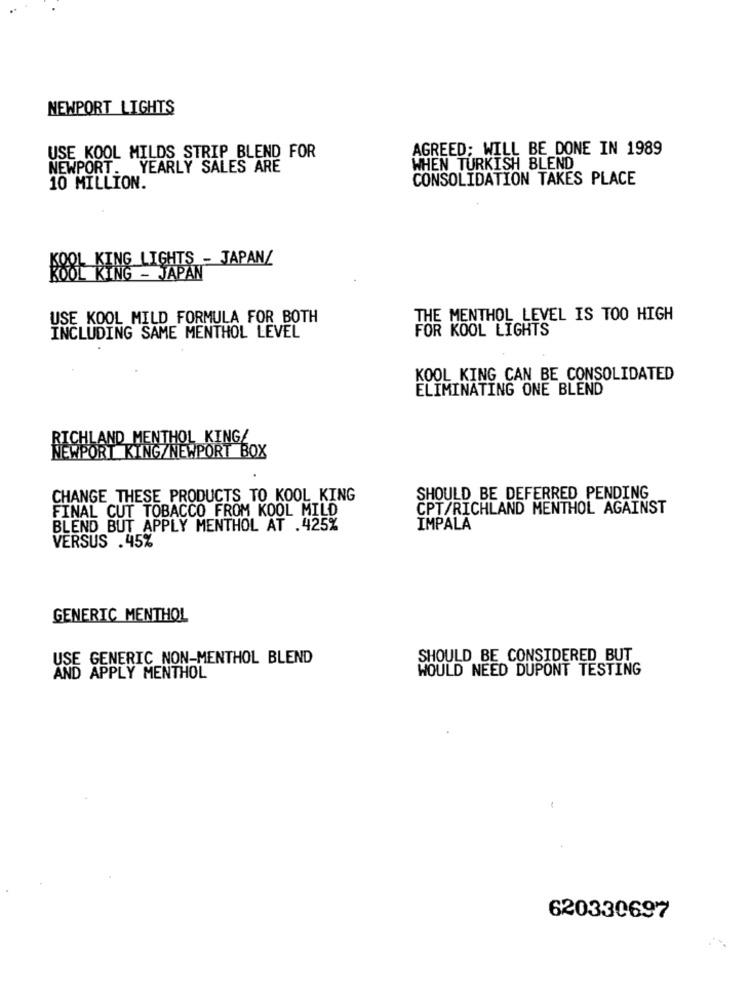
NEWPORT LIGHTS
AGREED; WILL BE DONE IN 1989
USE KOOL MILDS STRIP BLEND FOR
NEWPORT. YEARLY SALES ARE
WHEN TURKISH BLEND
CONSOLIDATION TAKES PLACE
10 MILLION.
KING LIGHTS - JAPAN/
888L RING - JAPAN
USE KOOL MILD FORMULA FOR BOTH
THE MENTHOL LEVEL IS TOO HIGH
FOR KOOL LIGHTS
INCLUDING SAME MENTHOL LEVEL
KOOL KING CAN BE CONSOLIDATED
ELIMINATING ONE BLEND
RICHLAND MENTHOL KING/
NEWPORT KING/NEWPORT BOX
CHANGE THESE PRODUCTS TO KOOL KING
SHOULD BE DEFERRED PENDING
FINAL CUT TOBACCO FROM KOOL MILD
CPT/RICHLAND MENTHOL AGAINST
BLEND BUT APPLY MENTHOL AT .425%
IMPALA
VERSUS .45%
GENERIC MENTHOL
GENERIC NON-MENTHOL BLEND
SHOULD BE CONSIDERED BUT
USE
WOULD NEED DUPONT TESTING
APPLY MENTHOL
-
620330697